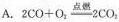
A. 2CO+O___{2}=2CO___{2} 。化剂___2NH